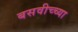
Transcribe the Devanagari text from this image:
बसवीच्च्या